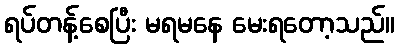
ရပ်တန့်စေပြီး မရမနေ မေးရတော့သည်။